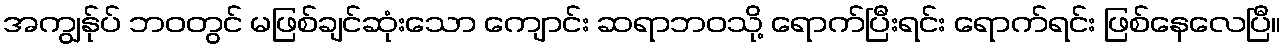
အကျွန်ုပ် ဘဝတွင် မဖြစ်ချင်ဆုံးသော ကျောင်း ဆရာဘဝသို့ ရောက်ပြီးရင်း ရောက်ရင်း ဖြစ်နေလေပြီ။